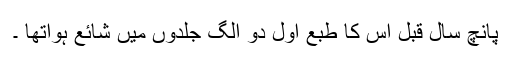
پانچ سال قبل اس کا طبع اول دو الگ جلدوں میں شائع ہواتھا ۔